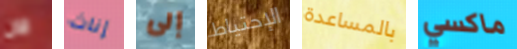
الآن إناث إلى الإحتياط بالمساعدة ماكسي